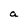
Character: a